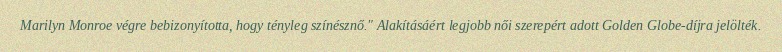
Marilyn Monroe végre bebizonyította, hogy tényleg színésznő." Alakításáért legjobb női szerepért adott Golden Globe-díjra jelölték.